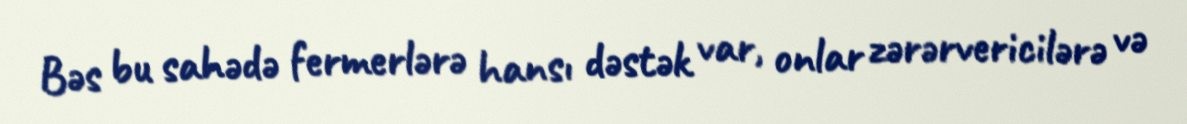
Bəs bu sahədə fermerlərə hansı dəstək var, onlar zərərvericilərə və